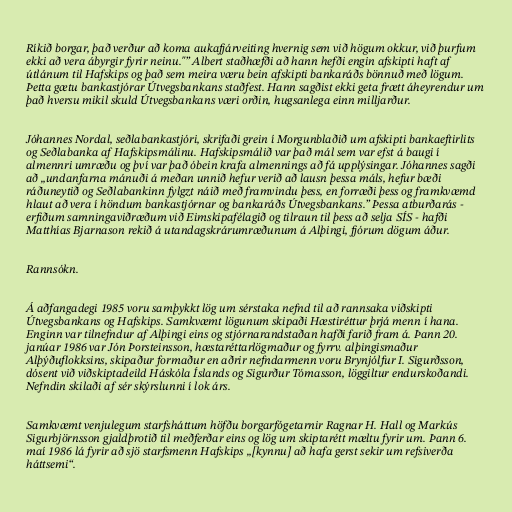
Ríkið borgar, það verður að koma aukafjárveiting hvernig sem við högum okkur, við þurfum
ekki að vera ábyrgir fyrir neinu."” Albert staðhæfði að hann hefði engin afskipti haft af
útlánum til Hafskips og það sem meira væru bein afskipti bankaráðs bönnuð með lögum.
Þetta gætu bankastjórar Útvegsbankans staðfest. Hann sagðist ekki geta frætt áheyrendur um
það hversu mikil skuld Útvegsbankans væri orðin, hugsanlega einn milljarður.

Jóhannes Nordal, seðlabankastjóri, skrifaði grein í Morgunblaðið um afskipti bankaeftirlits
og Seðlabanka af Hafskipsmálinu. Hafskipsmálið var það mál sem var efst á baugi í
almennri umræðu og því var það óbein krafa almennings að fá upplýsingar. Jóhannes sagði
að „undanfarna mánuði á meðan unnið hefur verið að lausn þessa máls, hefur bæði
ráðuneytið og Seðlabankinn fylgzt náið með framvindu þess, en forræði þess og framkvæmd
hlaut að vera í höndum bankastjórnar og bankaráðs Útvegsbankans.” Þessa atburðarás -
erfiðum samningaviðræðum við Eimskipafélagið og tilraun til þess að selja SÍS - hafði
Matthías Bjarnason rekið á utandagskrárumræðunum á Alþingi, fjórum dögum áður.

Rannsókn.

Á aðfangadegi 1985 voru samþykkt lög um sérstaka nefnd til að rannsaka viðskipti
Útvegsbankans og Hafskips. Samkvæmt lögunum skipaði Hæstiréttur þrjá menn í hana.
Enginn var tilnefndur af Alþingi eins og stjórnarandstaðan hafði farið fram á. Þann 20.
janúar 1986 var Jón Þorsteinsson, hæstaréttarlögmaður og fyrrv. alþingismaður
Alþýðuflokksins, skipaður formaður en aðrir nefndarmenn voru Brynjólfur I. Sigurðsson,
dósent við viðskiptadeild Háskóla Íslands og Sigurður Tómasson, löggiltur endurskoðandi.
Nefndin skilaði af sér skýrslunni í lok árs.

Samkvæmt venjulegum starfsháttum höfðu borgarfógetarnir Ragnar H. Hall og Markús
Sigurbjörnsson gjaldþrotið til meðferðar eins og lög um skiptarétt mæltu fyrir um. Þann 6.
maí 1986 lá fyrir að sjö starfsmenn Hafskips „[kynnu] að hafa gerst sekir um refsiverða
háttsemi“.